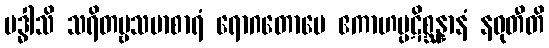
ဗဒ္ဓါသိ သရိတဗ္ဗသမာစာရံ ရောဂတောပေ ဧကာဟပ္ပဋိစ္ဆန္နာနံ နဝုတီတိ